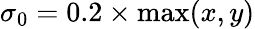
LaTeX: \sigma_{0}=0.2\times\operatorname*{max}(x,y)